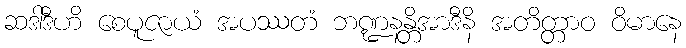
ဆဒါဒီဟိ စေပူဇာယံ အပဿတံ ဘဏ္ဍနန္တိအာဒီနိ အတိတ္တာဝ ဝိမာနေ